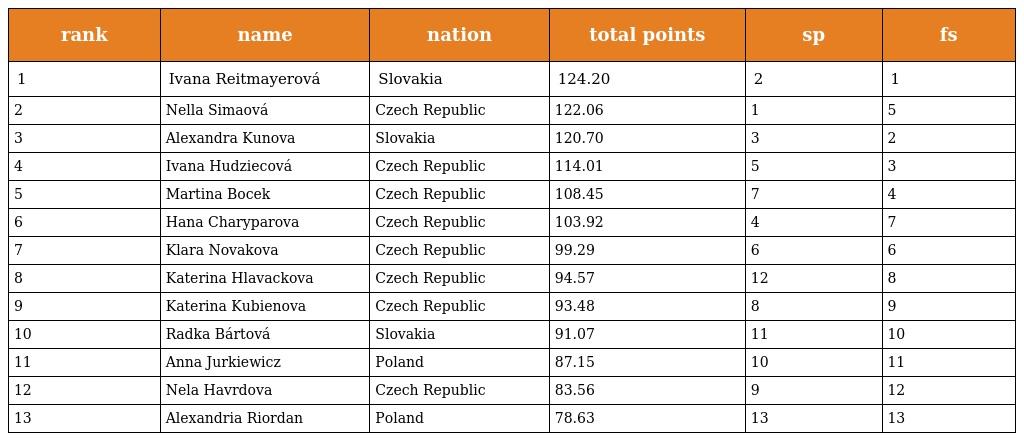
| rank | name | nation | total points | sp | fs |
 | --- | --- | --- | --- | --- | --- |
 | 1 | Ivana Reitmayerová | Slovakia | 124.20 | 2 | 1 |
 | 2 | Nella Simaová | Czech Republic | 122.06 | 1 | 5 |
 | 3 | Alexandra Kunova | Slovakia | 120.70 | 3 | 2 |
 | 4 | Ivana Hudziecová | Czech Republic | 114.01 | 5 | 3 |
 | 5 | Martina Bocek | Czech Republic | 108.45 | 7 | 4 |
 | 6 | Hana Charyparova | Czech Republic | 103.92 | 4 | 7 |
 | 7 | Klara Novakova | Czech Republic | 99.29 | 6 | 6 |
 | 8 | Katerina Hlavackova | Czech Republic | 94.57 | 12 | 8 |
 | 9 | Katerina Kubienova | Czech Republic | 93.48 | 8 | 9 |
 | 10 | Radka Bártová | Slovakia | 91.07 | 11 | 10 |
 | 11 | Anna Jurkiewicz | Poland | 87.15 | 10 | 11 |
 | 12 | Nela Havrdova | Czech Republic | 83.56 | 9 | 12 |
 | 13 | Alexandria Riordan | Poland | 78.63 | 13 | 13 |